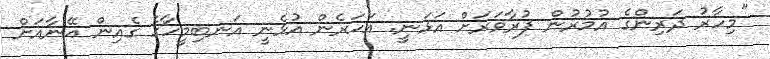
"މިހާރު ދަރިންގެ އުމުރުން ފުރާވަރަށް އަޅަނީ. އަހަރެން އުޅެނީ އަނބިމީހާގެ ގެއިން އޭނާއަށް